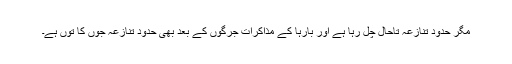
مگر حدود تنازعہ تاحال چل رہا ہے اور بارہا کے مذاکرات جرگوں کے بعد بھی حدود تنازعہ جوں کا توں ہے۔